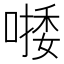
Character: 𠼈